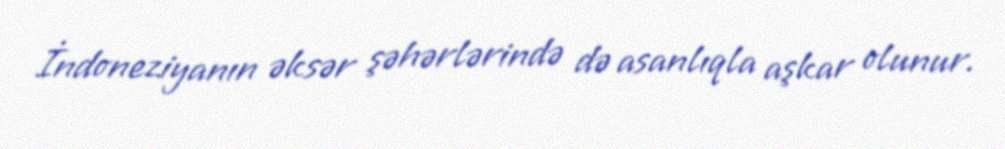
İndoneziyanın əksər şəhərlərində də asanlıqla aşkar olunur.